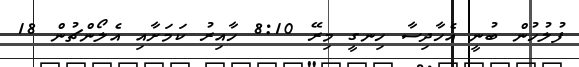
ފުލުހުން ބުނީ އެހާދިސާ ހިނގީ މިރޭ 8:10 ހާއިރު ކަމަށާއި އެލޯންޗުން 18